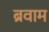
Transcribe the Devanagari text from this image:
ब्रवाम